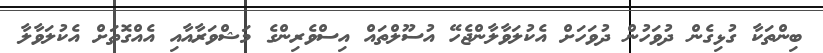
ބިންތަކާ ގުޅިގެން ދުވަހުން ދުވަހަށް އެކުލަވާލާންޖެހޭ އުސޫލްތައް އިސްވެރިންގެ މަޝްވަރާއާއި އެއްގޮތަށް އެކުލަވާލާ